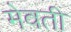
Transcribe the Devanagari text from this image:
मेवती